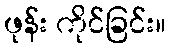
ဖုန်း ကိုင်ခြင်း။